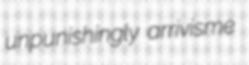
unpunishingly arrivisme